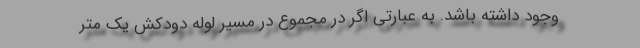
وجود داشته باشد. به عبارتی اگر در مجموع در مسیر لوله دودکش یک متر